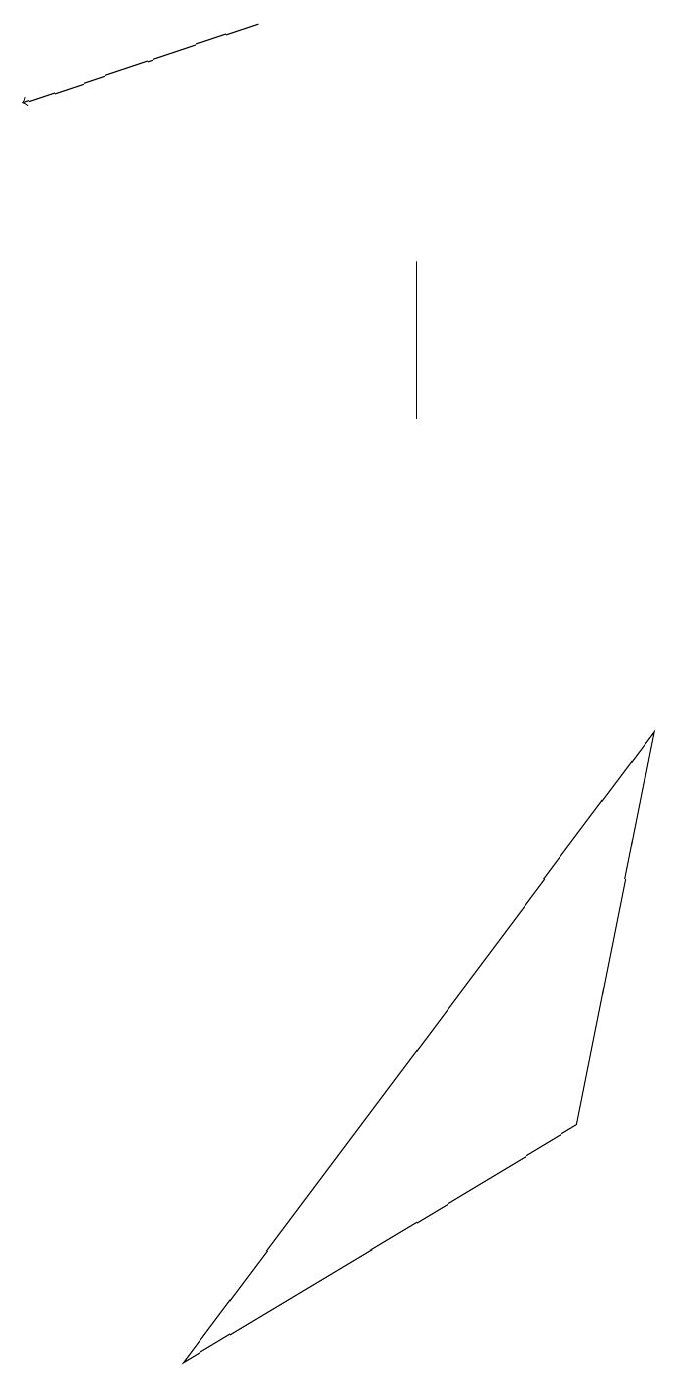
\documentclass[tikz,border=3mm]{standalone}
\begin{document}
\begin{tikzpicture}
\draw (7,4) -- (8,9) -- (2,1) -- cycle;
\draw (5,15) rectangle (5,13);
\draw[->] (3,18) -- (0,17);
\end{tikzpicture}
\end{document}